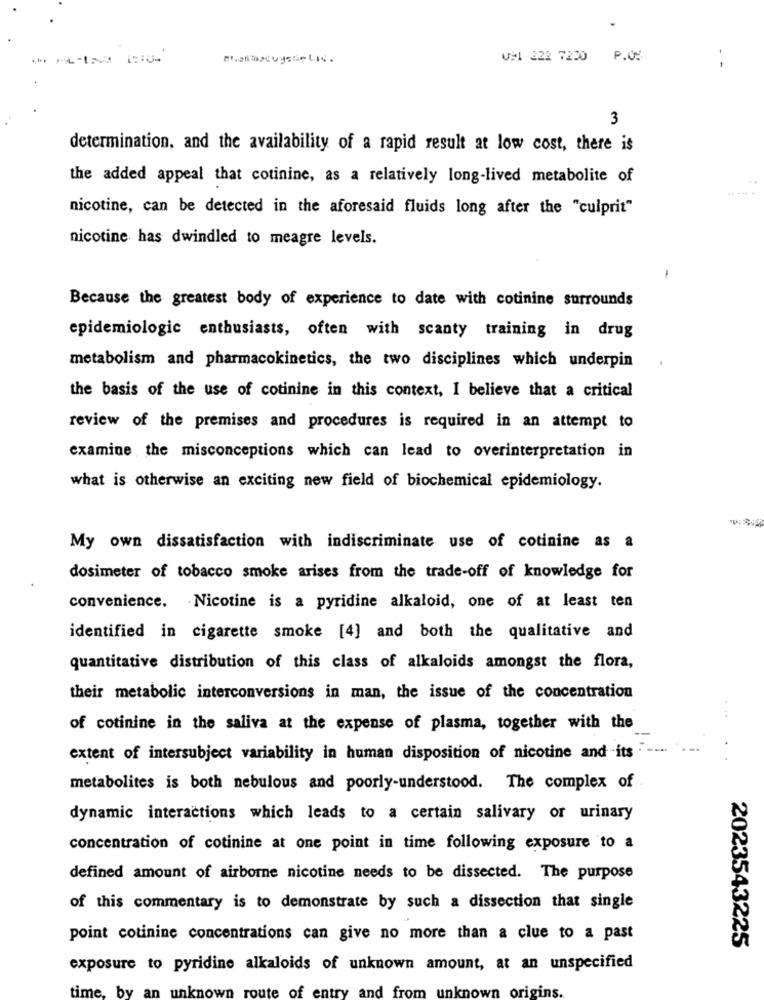
US1 222 7220 P.0:
- -
3
determination, and the availability of a rapid result at low cost, there is
the added appeal that cotinine, as a relatively long-lived metabolite of
nicotine, can be detected in the aforesaid fluids long after the "culprit"
nicotine has dwindled to meagre levels.
-
Because the greatest body of experience to date with cotinine surrounds
epidemiologic enthusiasts, often with scanty training in drug
metabolism and pharmacokinetics, the two disciplines which underpin
the basis of the use of cotinine in this context, I believe that a critical
review of the premises and procedures is required in an attempt to
examine the misconceptions which can lead to overinterpretation in
what is otherwise an exciting new field of biochemical epidemiology.
My own dissatisfaction with indiscriminate use of cotinine as a
dosimeter of tobacco smoke arises from the trade-off of knowledge for
convenience. Nicotine is a pyridine alkaloid, one of at least ten
identified in cigarette smoke [4] and both the qualitative and
quantitative distribution of this class of alkaloids amongst the flora,
their metabolic interconversions in man, the issue of the concentration
of cotinine in the saliva at the expense of plasma, together with the
extent of intersubject variability in human disposition of nicotine and its " ---
metabolites is both nebulous and poorly-understood. The complex of
dynamic interactions which leads to a certain salivary or urinary
concentration of cotinine at one point in time following exposure to a
defined amount of airborne nicotine needs to be dissected. The purpose
of this commentary is to demonstrate by such a dissection that single
point cotinine concentrations can give no more than a clue to a past
2023543225
exposure to pyridine alkaloids of unknown amount, at an unspecified
time, by an unknown route of entry and from unknown origins.